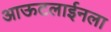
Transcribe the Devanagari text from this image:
आऊटलाईनला